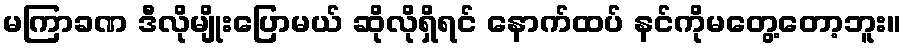
မကြာခဏ ဒီလိုမျိုးပြောမယ် ဆိုလိုရှိရင် နောက်ထပ် နင်ကိုမတွေ့တော့ဘူး။